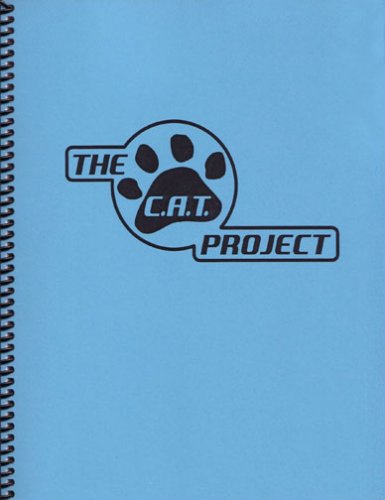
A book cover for "The C.A.T. Project" Workbook For The Cognitive Behavioral Treatment Of Anxious Adolescents; Philip C. Kendall; Medical Books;